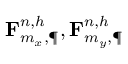
\mathbf { F } _ { m _ { x } , \P } ^ { n , h } , \mathbf { F } _ { m _ { y } , \P } ^ { n , h }